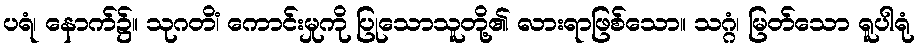
ပရံ၊ နောက်၌။ သုဂတိံ၊ ကောင်းမှုကို ပြုသောသူတို့၏ လားရာဖြစ်သော။ သဂ္ဂံ၊ မြတ်သော ရူပါရုံ